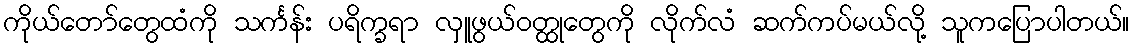
ကိုယ်တော်တွေထံကို သင်္ကန်း ပရိက္ခရာ လှူဖွယ်ဝတ္ထုတွေကို လိုက်လံ ဆက်ကပ်မယ်လို့ သူကပြောပါတယ်။